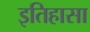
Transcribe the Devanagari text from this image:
इतिहासा